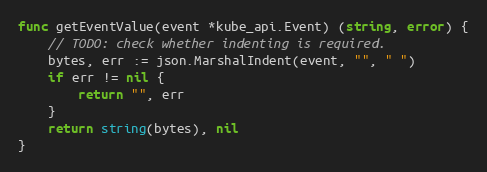
Language: Go
func getEventValue(event *kube_api.Event) (string, error) {
	// TODO: check whether indenting is required.
	bytes, err := json.MarshalIndent(event, "", " ")
	if err != nil {
		return "", err
	}
	return string(bytes), nil
}